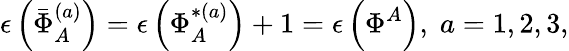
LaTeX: \epsilon\left(\bar{\Phi}_{A}^{(a)}\right)=\epsilon\left(\Phi_{A}^{*(a)}\right)+1=\epsilon\left(\Phi^{A}\right),\; a=1,2,3,